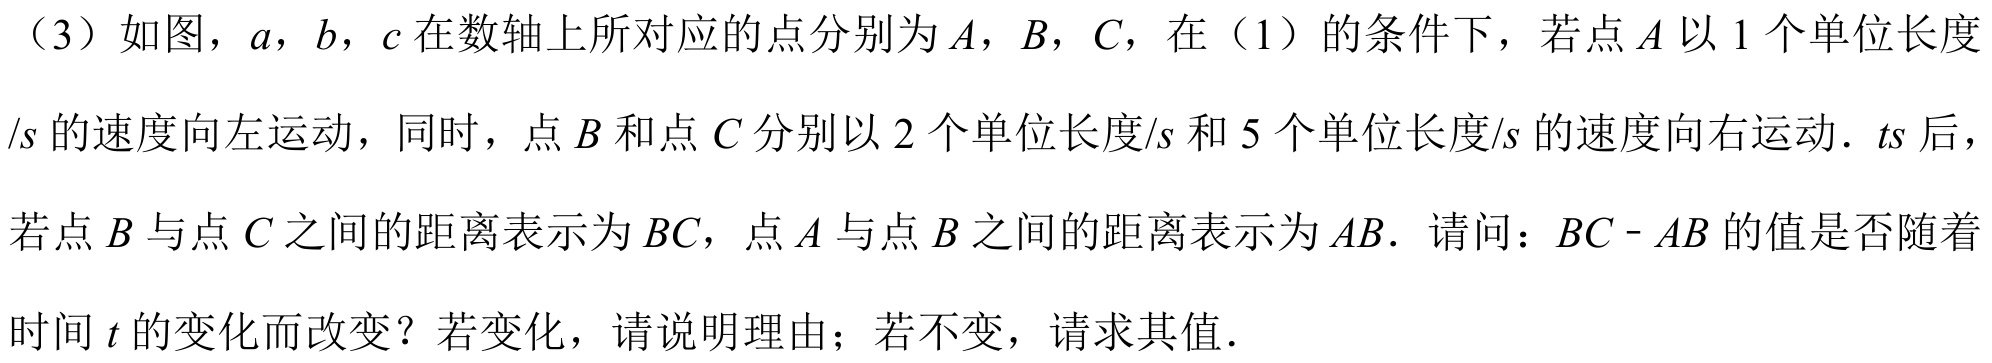
（3）如图，\(a\)，\(b\)，\(c\) 在数轴上所对应的点分别为 \(A\)，\(B\)，\(C\)，在（1）的条件下，若点 \(A\) 以 \(1\) 个单位长度
\(/s\) 的速度向左运动，同时，点 \(B\) 和点 \(C\) 分别以 \(2\) 个单位长度/\(s\) 和 \(5\) 个单位长度/\(s\) 的速度向右运动．\(t s\) 后，
若点 \(B\) 与点 \(C\) 之间的距离表示为 \(BC\)，点 \(A\) 与点 \(B\) 之间的距离表示为 \(AB\)．请问：\(BC - AB\) 的值是否随着
时间 \(t\) 的变化而改变？若变化，请说明理由；若不变，请求其值．